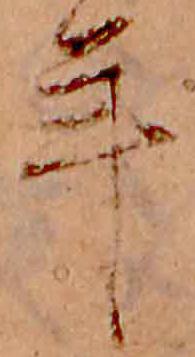
年